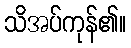
သိအပ်ကုန်၏။